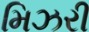
મિઝરી